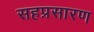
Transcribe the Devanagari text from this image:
सहप्रसारण